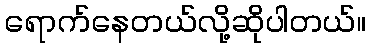
ရောက်နေတယ်လို့ဆိုပါတယ်။